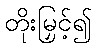
တိုးမြှင့်၍